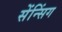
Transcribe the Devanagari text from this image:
सेंन्सिंग